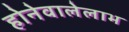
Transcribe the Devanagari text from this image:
होनेवालेलाभ